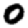
Digit: 0